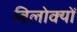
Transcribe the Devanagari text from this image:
बिलोक्‍यों